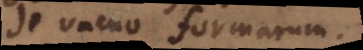
de vacuo formarum.